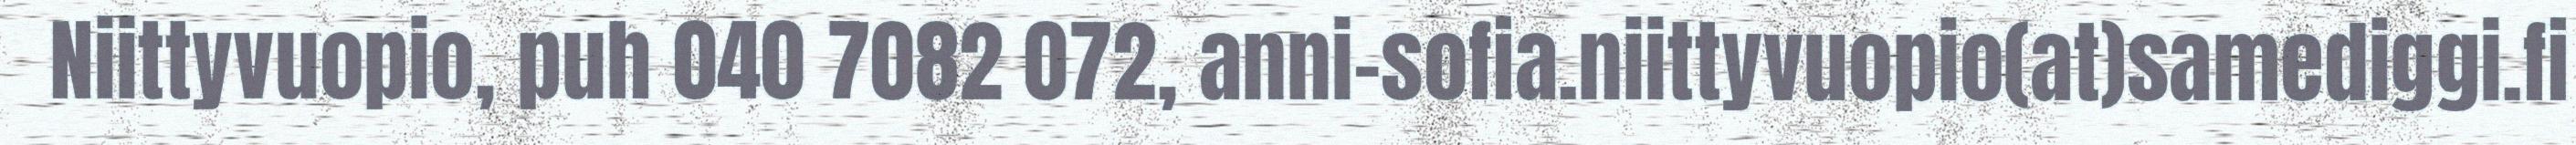
Niittyvuopio, puh 040 7082 072, anni-sofia.niittyvuopio(at)samediggi.fi